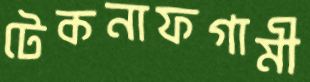
টেকনাফগামী